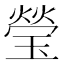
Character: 瑩